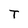
Character: T